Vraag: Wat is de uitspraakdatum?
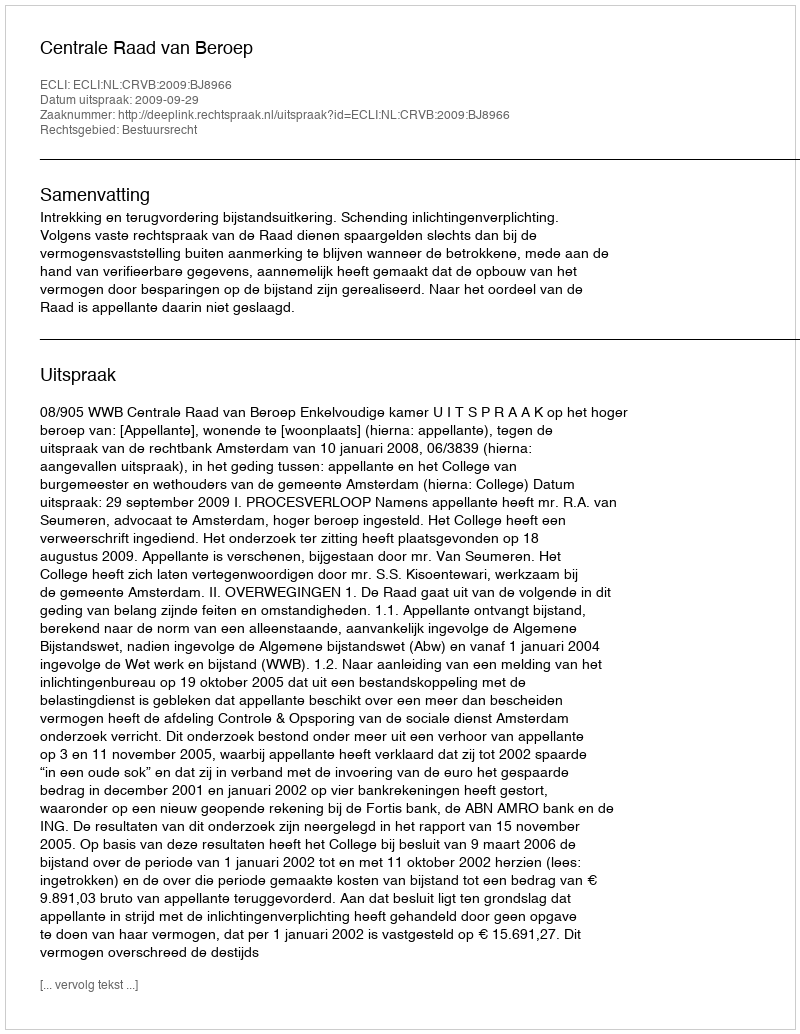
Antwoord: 2009-09-29